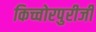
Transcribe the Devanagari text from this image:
किच्चोरपुरीजी